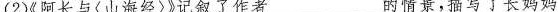
(2)《阿长与〈山海经〉》记叙了作者___的情景，描写了长妈妈